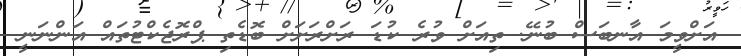
އަށްވީމަ އާނބަސް ބުނޭ. ތިއަށް ވުރެ ކުޑަ ރަށްރަށަށް ބޮޑެތި ޕްރޮޖެކްޓުތައް އަންނަނީ